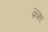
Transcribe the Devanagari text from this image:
ज़फ़ा